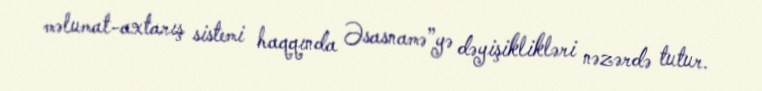
məlumat-axtarış sistemi haqqında Əsasnamə”yə dəyişiklikləri nəzərdə tutur.